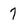
Character: 7